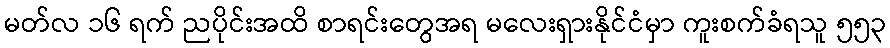
မတ်လ ၁၆ ရက် ညပိုင်းအထိ စာရင်းတွေအရ မလေးရှားနိုင်ငံမှာ ကူးစက်ခံရသူ ၅၅၃